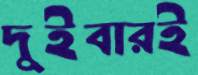
দুইবারই